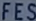
FES